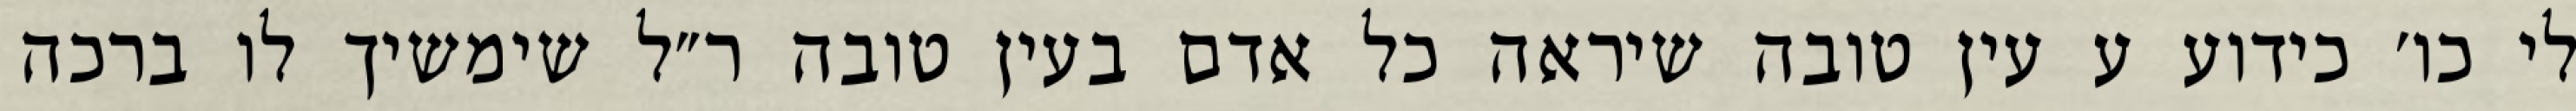
לי כו׳ כידוע ע עין טובה שיראה כל אדם בעין טובה ר״ל שימשיך לו ברכה